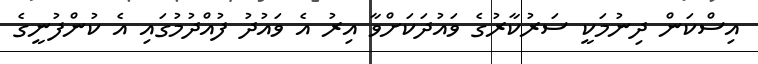
އިސްކަން ދިނުމަކީ ސަރުކާރުގެ ވައުދަކަށްވާ އިރު އެ ވައުދު ފުއްދުމުގައި އެ ކުންފުނީގެ